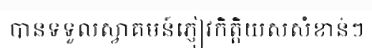
បានទទួលស្វាគមន៍ភ្ញៀវកិត្តិយសសំខាន់ៗ